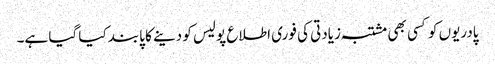
پادریوں کو کسی بھی مشتبہ زیادتی کی فوری اطلاع پولیس کو دینے کا پابند کیا گیا ہے۔